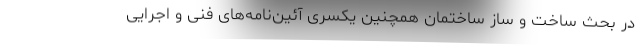
در بحث ساخت و ساز ساختمان همچنین یکسری آئین‌نامه‌های فنی و اجرایی